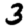
Digit: 3